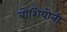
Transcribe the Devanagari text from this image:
बोशियोनी